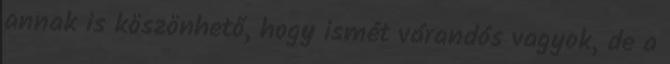
annak is köszönhető, hogy ismét várandós vagyok, de a